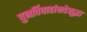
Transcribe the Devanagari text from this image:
पुनर्विवाहांकडेसुद्धा